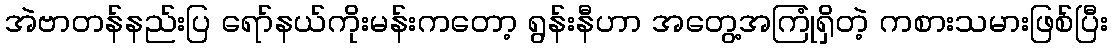
အဲဗာတန်နည်းပြ ရော်နယ်ကိုးမန်းကတော့ ရွန်းနီဟာ အတွေ့အကြုံရှိတဲ့ ကစားသမားဖြစ်ပြီး